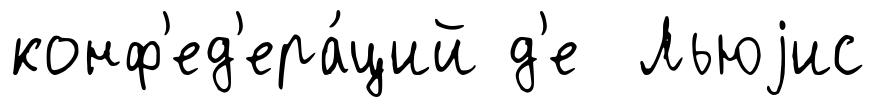
конф'ед'ера́ций д'е Льюjис